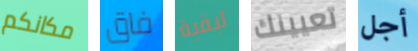
مكانكم فاق لبقية تعيينك أجل